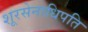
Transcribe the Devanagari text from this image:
शूरसेनाधिपति